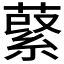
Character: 𦹖